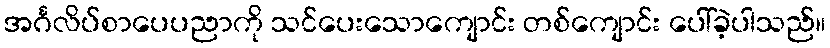
အင်္ဂလိပ်စာပေပညာကို သင်ပေးသောကျောင်း တစ်ကျောင်း ပေါ်ခဲ့ပါသည်။